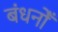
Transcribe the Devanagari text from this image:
बंधनोँ